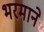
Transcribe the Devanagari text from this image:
भरमाने